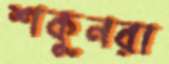
শকুনরা